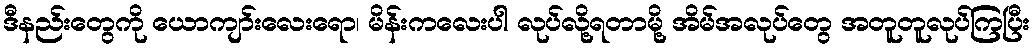
ဒီနည်းတွေကို ယောကျာ်းလေးရော၊ မိန်းကလေးပါ လုပ်လို့ရတာမို့ အိမ်အလုပ်တွေ အတူတူလုပ်ကြပြီး